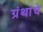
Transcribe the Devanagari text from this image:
ग्रंंथांचे